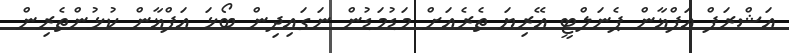
އަޝްރަފް އަފްޣާން ޕެނަލްޓީ އޭރިޔަ ތެރެއަށް މަޑުމަޑުން ނަގައިދިން ބޯޅަ އަފްޣާން ކުޅުންތެރިން